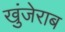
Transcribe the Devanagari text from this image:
खुंजेराब